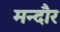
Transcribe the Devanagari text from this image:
मन्दौर